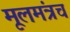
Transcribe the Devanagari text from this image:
मूलमंत्रच